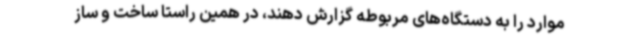
موارد را به دستگاه‌های مربوطه گزارش دهند، در همین راستا ساخت و ساز